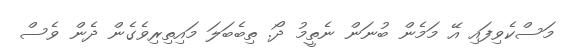
މަސްކެވިފައި އޭ މަމެން ބުނަން ނެތީމު ދޯ. ތިބެބަލަ މައިތިރިވެގެން ދެން ވެސް